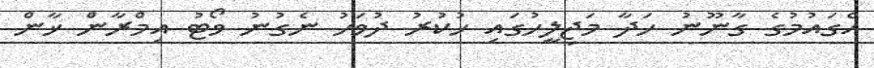
އެގައުމުގެ ގާނޫނު ހަދާ މަޖިލީހުގައި ހުކުރު ދުވަހު ނެގުނު ވޯޓު އިމްރާން ޚާން